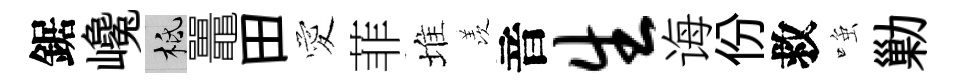
鋸巉柢鼉田愛菲堆羡音生诲份救𫪻勦